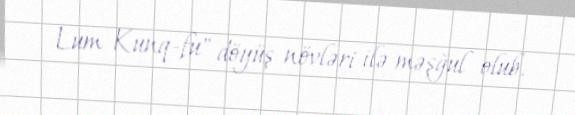
Lum Kunq-fu" döyüş növləri ilə məşğul olub.